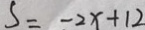
S = - 2 x + 1 2